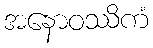
အနောဝဿိကံ